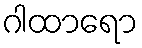
ဂါထာရော